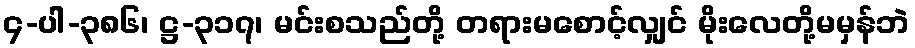
၄-ပါ-၃၈၆၊ ဋ္ဌ-၃၁၇၊ မင်းစသည်တို့ တရားမစောင့်လျှင် မိုးလေတို့မမှန်ဘဲ